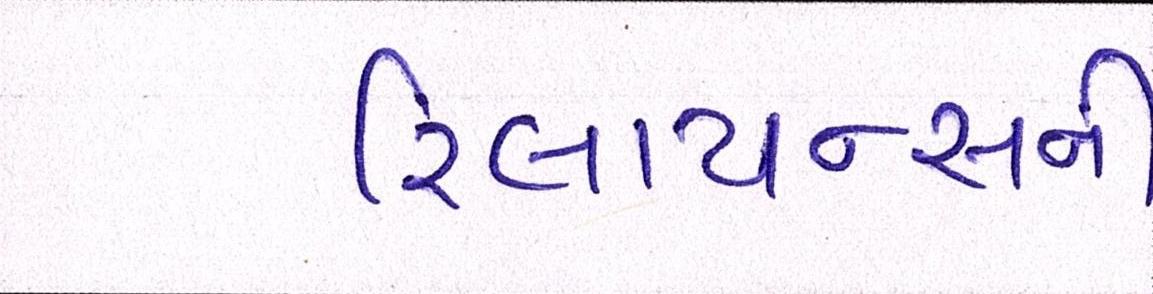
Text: રિલાયન્સની